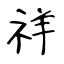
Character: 祥